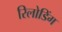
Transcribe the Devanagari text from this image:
रिलोडिंग